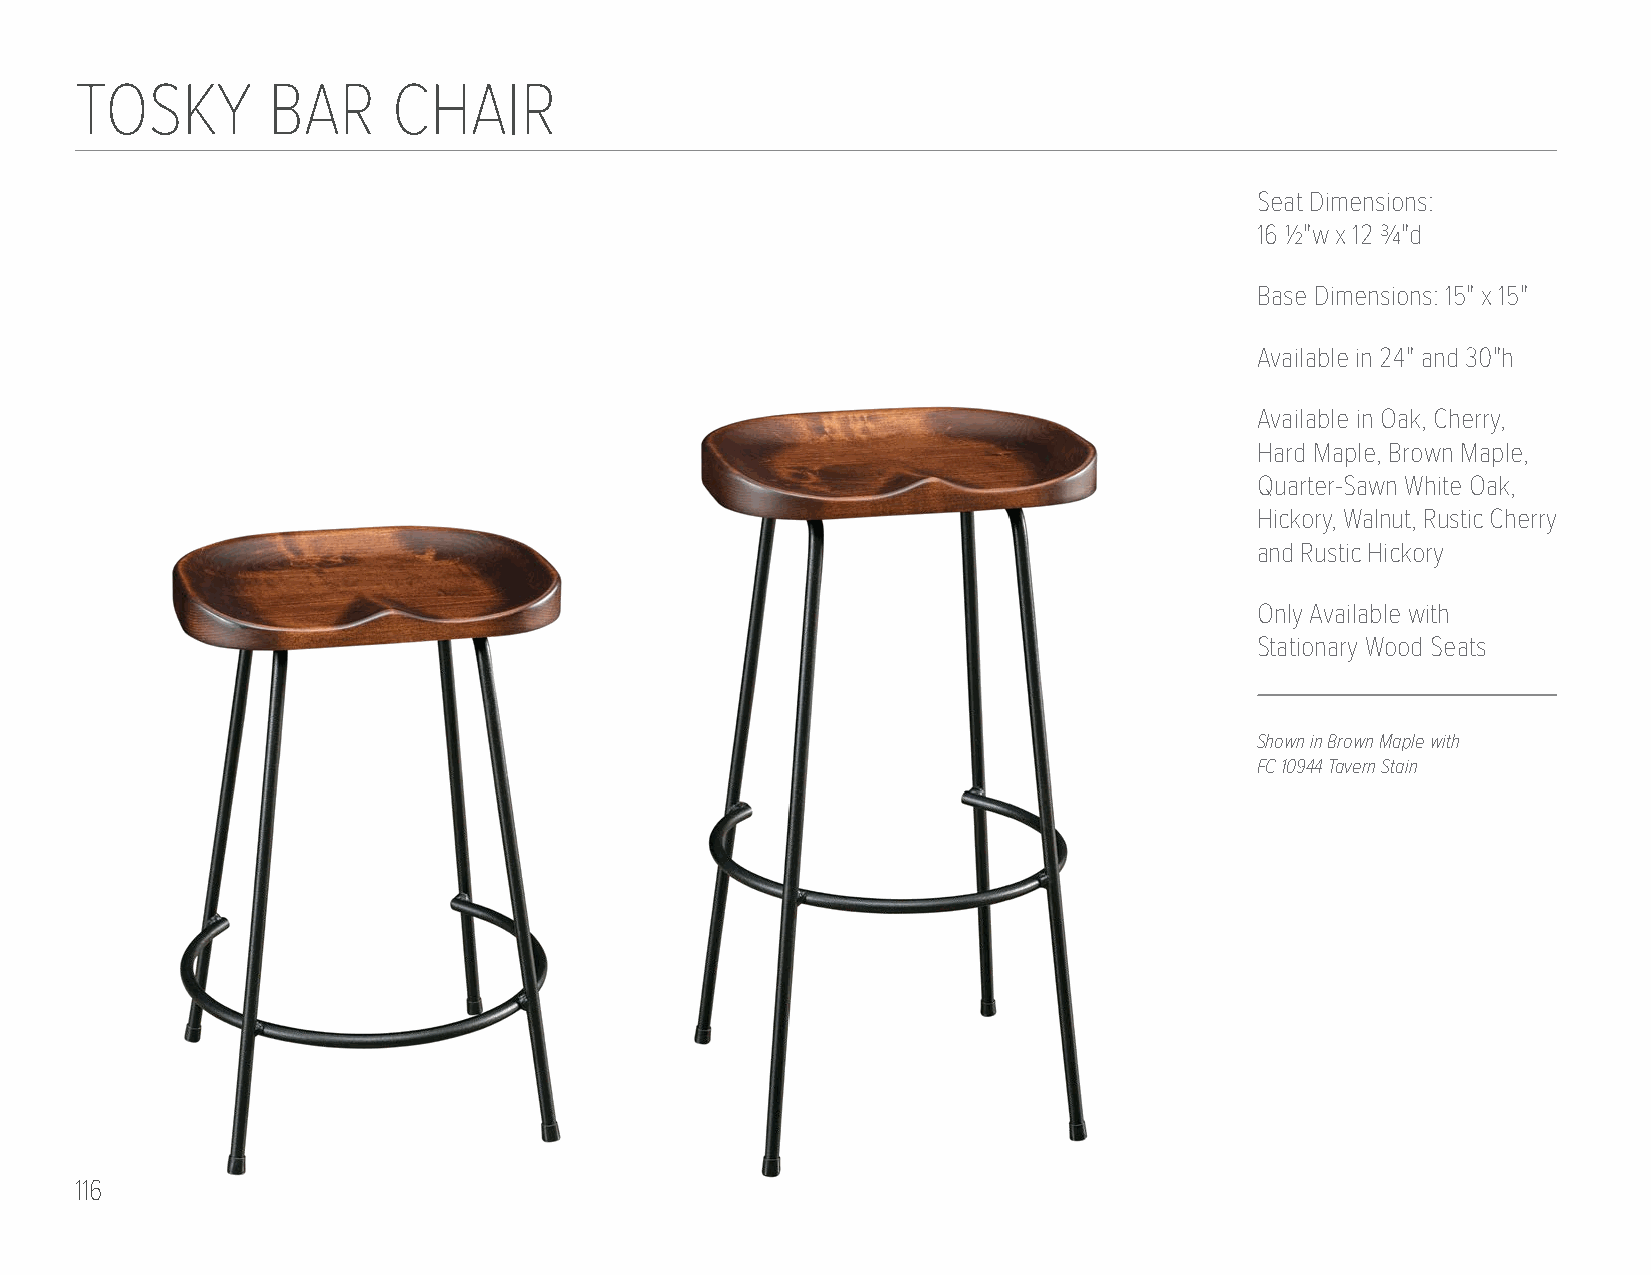
TOSKY        BAR     CHAIR
 Seat Dimensions:
 16 1/2"w x 12 3/4"d
 Base Dimensions: 15" x 15"
 Available in 24" and 30"h
 Available in Oak, Cherry,
 Hard Maple, Brown Maple,
 Quarter-Sawn White Oak,
 Hickory, Walnut, Rustic Cherry
 and Rustic Hickory
 Only Available with
 Stationary Wood Seats
 Shown in Brown Maple with
 FC 10944 Tavern Stain
 116